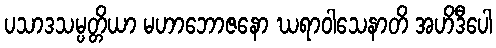
ပသာဒသမ္ပတ္တိယာ မဟာဘောဇနော ဃရာဝါသေနာတိ အဟိဒီပေါ